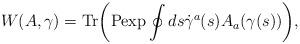
LaTeX: \begin{align*}W(A,\gamma) = {\rm Tr} \biggr({\rm P exp} \oint ds \dot{\gamma}^a(s) A_a(\gamma(s))\biggr),\end{align*}